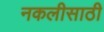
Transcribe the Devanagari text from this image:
नकलीसाठी